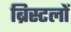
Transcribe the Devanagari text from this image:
ब्रिस्टलों